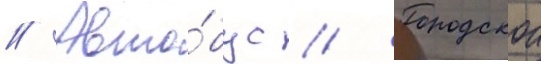
// Авто́бус // Городскои